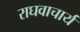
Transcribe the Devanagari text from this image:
राघवाचार्य